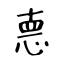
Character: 𢛳